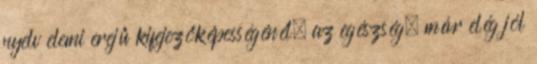
nyelv elemi erejű kifejezőképességénél, az egészség, már elég jól